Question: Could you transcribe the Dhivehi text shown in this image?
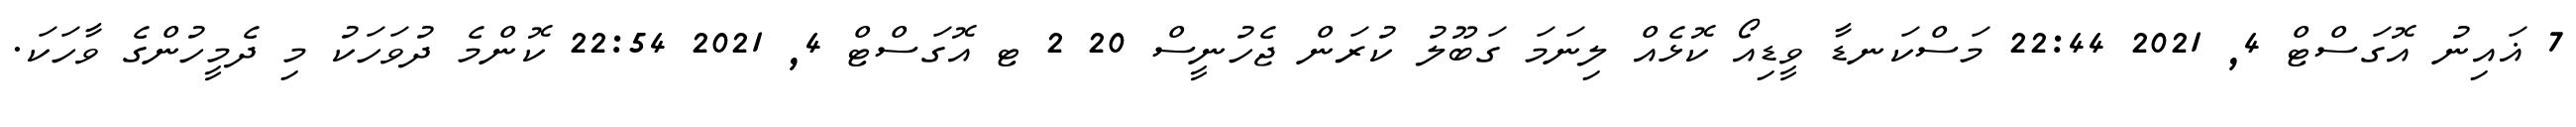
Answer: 7 ޣައިނު އޮގަސްޓް 4, 2021 22:44 މަސްކަނޑާ ވީޑިއޯ ކޮޅެއް ލިނަމަ ގަބޫލު ކުރަން ޖެހުނީސް 20 2 ޓ އޮގަސްޓް 4, 2021 22:54 ކޮންމެ ދުވަހަކު މި ދެމީހުންގެ ވާހަކަ.